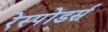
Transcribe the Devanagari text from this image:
रेस्पोंडर्स